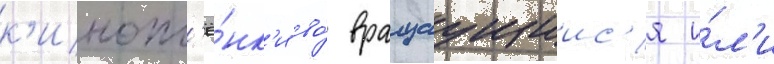
к'инопл'ё́нк'и во́ вращаущиис'я и́л'и